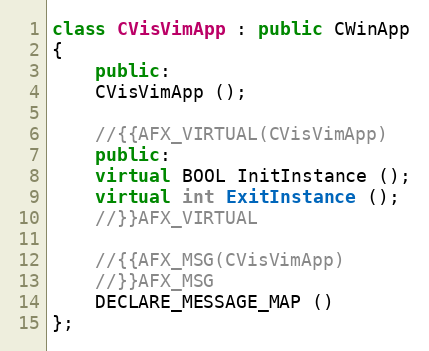
Language: C++
class CVisVimApp : public CWinApp
{
    public:
	CVisVimApp ();

	//{{AFX_VIRTUAL(CVisVimApp)
    public:
	virtual BOOL InitInstance ();
	virtual int ExitInstance ();
	//}}AFX_VIRTUAL

	//{{AFX_MSG(CVisVimApp)
	//}}AFX_MSG
	DECLARE_MESSAGE_MAP ()
};